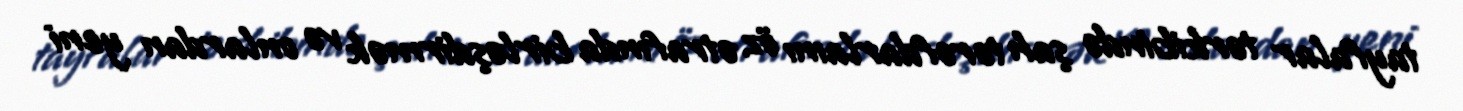
tayfalar tərkibində şah tərəfdarlaını öz ətrafında birləşdirmək və onlardan yeni